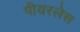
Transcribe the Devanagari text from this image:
पीयरलेस